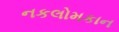
નકલોમકાન